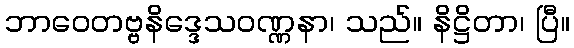
ဘာဝေတဗ္ဗနိဒ္ဒေသဝဏ္ဏနာ၊ သည်။ နိဋ္ဌိတာ၊ ပြီ။